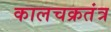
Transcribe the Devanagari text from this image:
कालचक्रतंत्र